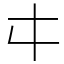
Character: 㐄